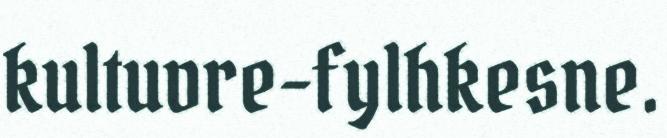
kultuvre-fylhkesne.